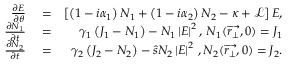
\begin{array} { r l r } { \frac { \partial E } { \partial \theta } } & { { } = } & { \left[ \left( 1 - i \alpha _ { 1 } \right) N _ { 1 } + \left( 1 - i \alpha _ { 2 } \right) N _ { 2 } - \kappa + \mathcal { L } \right] E , } \\ { \frac { \partial N _ { 1 } } { \partial t } } & { { } = } & { \gamma _ { 1 } \left( J _ { 1 } - N _ { 1 } \right) - N _ { 1 } \left| E \right| ^ { 2 } , \, N _ { 1 } ( \overrightarrow { r _ { \perp } } , 0 ) = J _ { 1 } } \\ { \frac { \partial N _ { 2 } } { \partial t } } & { { } = } & { \gamma _ { 2 } \left( J _ { 2 } - N _ { 2 } \right) - \hat { s } N _ { 2 } \left| E \right| ^ { 2 } \, , N _ { 2 } ( \overrightarrow { r _ { \perp } } , 0 ) = J _ { 2 } . } \end{array}